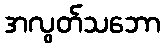
အလွတ်သဘော